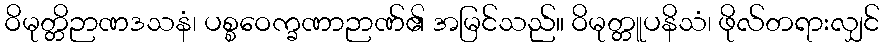
ဝိမုတ္တိဉာဏဒသနံ၊ ပစ္စဝေက္ခဏာဉာဏ်၏ အမြင်သည်။ ဝိမုတ္တူပနိသံ၊ ဖိုလ်တရားလျှင်